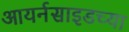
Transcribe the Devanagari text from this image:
आयर्नसाइडच्या